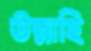
উল্লাহি